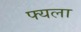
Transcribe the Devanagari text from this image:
फ्यला